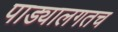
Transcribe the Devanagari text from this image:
पाड्यालगतच